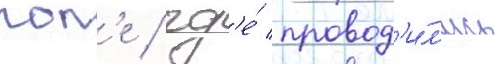
пол'е / гд'е́ провод'и́л'ись